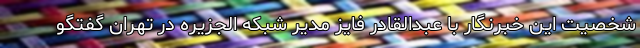
شخصیت این خبرنگار با عبدالقادر فایز مدیر شبکه الجزیره در تهران گفتگو